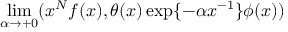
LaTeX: \operatorname * { l i m } _ { \alpha \rightarrow + 0 } ( x ^ { N } f ( x ) , \theta ( x ) \exp \{ - \alpha x ^ { - 1 } \} \phi ( x ) )